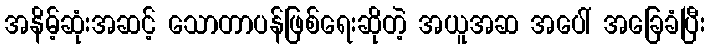
အနိမ့်ဆုံးအဆင့် သောတာပန်ဖြစ်ရေးဆိုတဲ့ အယူအဆ အပေါ် အခြေခံပြီး